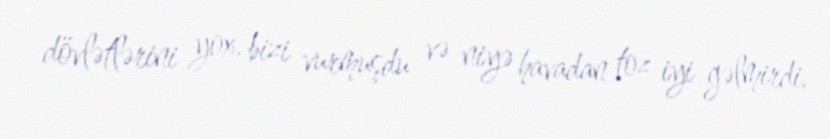
dövlətlərini yox, bizi vurmuşdu və niyə havadan toz iyi gəlmirdi.